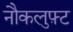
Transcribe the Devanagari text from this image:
नौकलुफ़्ट